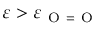
\varepsilon > \varepsilon _ { \mathrm { ~ O ~ } = \mathrm { ~ O ~ } }